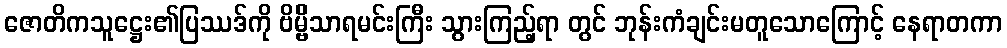
ဇောတိကသူဋ္ဌေး၏ပြဿဒ်ကို ဗိမ္ဗိိသာရမင်းကြီး သွားကြည့်ရာ တွင် ဘုန်းကံချင်းမတူသောကြောင့် နေရာတကာ